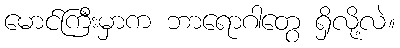
မောင်ကြီးမှာက ဘာရောဂါတွေ ရှိလို့လဲ။